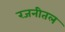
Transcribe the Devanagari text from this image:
रजनीतल